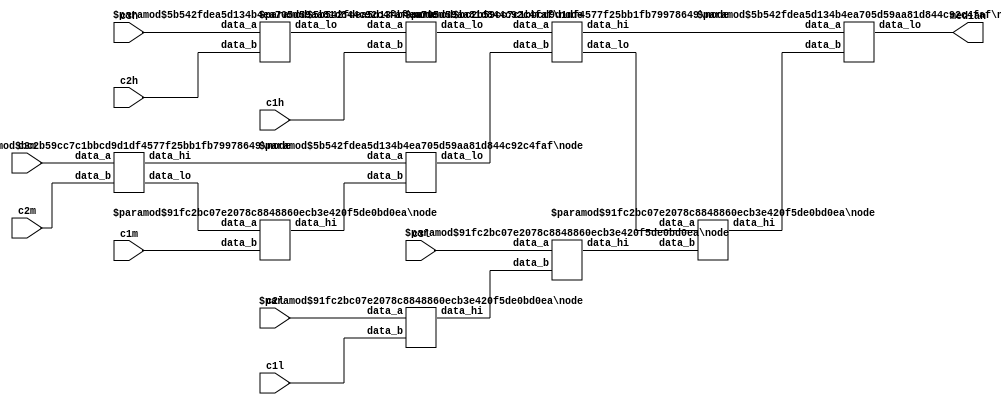
`define DEBUG

module pixel_network
#(
    parameter DATA_WIDTH = 8
)(
    input [DATA_WIDTH-1:0] c3h,
    input [DATA_WIDTH-1:0] c3m,
    input [DATA_WIDTH-1:0] c3l,
    input [DATA_WIDTH-1:0] c2h,
    input [DATA_WIDTH-1:0] c2m,
    input [DATA_WIDTH-1:0] c2l,
    input [DATA_WIDTH-1:0] c1h,
    input [DATA_WIDTH-1:0] c1m,
    input [DATA_WIDTH-1:0] c1l,

    output [DATA_WIDTH-1:0] median
);

    wire [DATA_WIDTH-1:0] node_u0_lo;
    wire [DATA_WIDTH-1:0] node_u1_hi;
    wire [DATA_WIDTH-1:0] node_u1_lo;
    wire [DATA_WIDTH-1:0] node_u2_hi;
    wire [DATA_WIDTH-1:0] node_u3_lo;
    wire [DATA_WIDTH-1:0] node_u4_hi;
    wire [DATA_WIDTH-1:0] node_u5_hi;
    wire [DATA_WIDTH-1:0] node_u6_lo;
    wire [DATA_WIDTH-1:0] node_u7_hi;
    wire [DATA_WIDTH-1:0] node_u7_lo;
    wire [DATA_WIDTH-1:0] node_u8_hi;

    node
    #(
        .DATA_WIDTH(DATA_WIDTH),
        .LOW_MUX(1), // disable low output
        .HI_MUX(0) // disable hight output
    ) node_u0 (
        .data_a(c3h),
        .data_b(c2h),

        // .data_hi(),
        .data_lo(node_u0_lo)
    );

    node
    #(
        .DATA_WIDTH(DATA_WIDTH),
        .LOW_MUX(1), // disable low output
        .HI_MUX(1) // disable hight output
    ) node_u1 (
        .data_a(c3m),
        .data_b(c2m),

        .data_hi(node_u1_hi),
        .data_lo(node_u1_lo)
    );

    node
    #(
        .DATA_WIDTH(DATA_WIDTH),
        .LOW_MUX(0), // disable low output
        .HI_MUX(1) // disable hight output
    ) node_u2 (
        .data_a(c2l),
        .data_b(c1l),

        .data_hi(node_u2_hi)
        // .data_lo()
    );

    node
    #(
        .DATA_WIDTH(DATA_WIDTH),
        .LOW_MUX(1), // disable low output
        .HI_MUX(0) // disable hight output
    ) node_u3 (
        .data_a(node_u0_lo),
        .data_b(c1h),

        // .data_hi(),
        .data_lo(node_u3_lo)
    );
    node
    #(
        .DATA_WIDTH(DATA_WIDTH),
        .LOW_MUX(0), // disable low output
        .HI_MUX(1) // disable hight output
    ) node_u4 (
        .data_a(node_u1_lo),
        .data_b(c1m),

        .data_hi(node_u4_hi)
        // .data_lo()
    );
    node
    #(
        .DATA_WIDTH(DATA_WIDTH),
        .LOW_MUX(0), // disable low output
        .HI_MUX(1) // disable hight output
    ) node_u5 (
        .data_a(c3l),
        .data_b(node_u2_hi),

        .data_hi(node_u5_hi)
        // .data_lo()
    );

    node
    #(
        .DATA_WIDTH(DATA_WIDTH),
        .LOW_MUX(1), // disable low output
        .HI_MUX(0) // disable hight output
    ) node_u6 (
        .data_a(node_u1_hi),
        .data_b(node_u4_hi),

        // .data_hi(),
        .data_lo(node_u6_lo)
    );

    node
    #(
        .DATA_WIDTH(DATA_WIDTH),
        .LOW_MUX(1), // disable low output
        .HI_MUX(1) // disable hight output
    ) node_u7 (
        .data_a(node_u3_lo),
        .data_b(node_u6_lo),

        .data_hi(node_u7_hi),
        .data_lo(node_u7_lo)
    );

    node
    #(
        .DATA_WIDTH(DATA_WIDTH),
        .LOW_MUX(0), // disable low output
        .HI_MUX(1) // disable hight output
    ) node_u8 (
        .data_a(node_u7_lo),
        .data_b(node_u5_hi),

        .data_hi(node_u8_hi)
        // .data_lo()
    );

    node
    #(
        .DATA_WIDTH(DATA_WIDTH),
        .LOW_MUX(1), // disable low output
        .HI_MUX(0) // disable hight output
    ) node_u9 (
        .data_a(node_u7_hi),
        .data_b(node_u8_hi),

        // .data_hi(),
        .data_lo(median)
    );

endmodule
module node
#(
    parameter DATA_WIDTH = 8,
    parameter LOW_MUX = 1, // disable low output
    parameter HI_MUX = 1 // disable hight output
)(
    input [DATA_WIDTH-1:0] data_a,
    input [DATA_WIDTH-1:0] data_b,

    output reg [DATA_WIDTH-1:0] data_hi,
    output reg [DATA_WIDTH-1:0] data_lo
);


    reg sel0;

    always @(*)
    begin : comparator
        if(data_a < data_b) begin
            sel0 = 1'b0; // data_a : lo / data_b : hi
        end else begin
            sel0 = 1'b1; // data_b : lo / data_a : hi
        end
    end


    always @(*)
    begin : mux_lo_hi
        case (sel0)
            1'b0 :
            begin
                if(LOW_MUX == 1)
                    data_lo = data_a;
                if(HI_MUX == 1)
                    data_hi = data_b;
            end
            1'b1 :
            begin
                if(LOW_MUX == 1)
                    data_lo = data_b;
                if(HI_MUX == 1)
                    data_hi = data_a;
            end
            default :
            begin
                data_lo = {DATA_WIDTH{1'b0}};
                data_hi = {DATA_WIDTH{1'b0}};
            end
        endcase
    end

endmodule/* --------------------------------------------------------------------------------